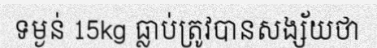
ទម្ងន់ 15kg ធ្លាប់ត្រូវបានសង្ស័យថា